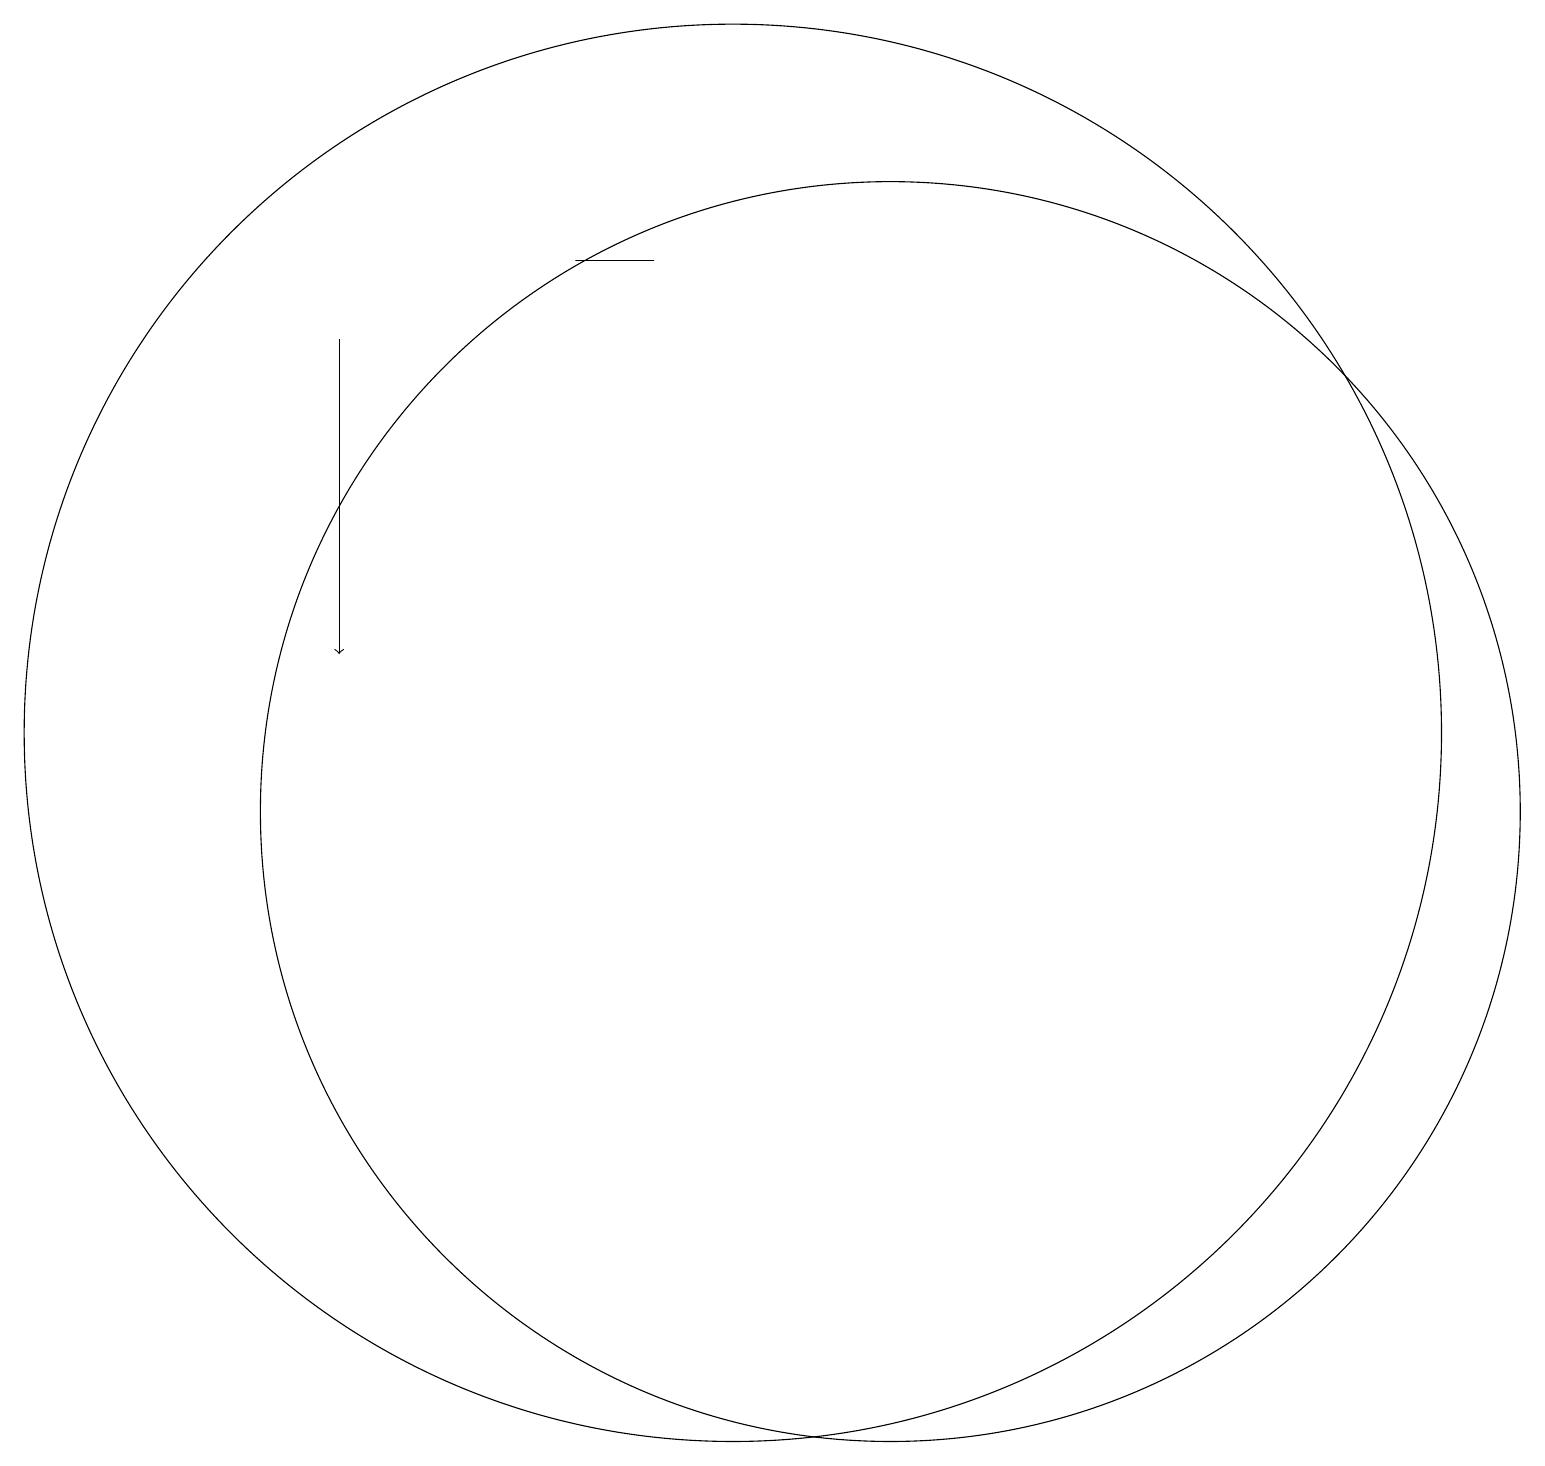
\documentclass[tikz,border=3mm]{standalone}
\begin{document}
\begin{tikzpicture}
\draw (12,11) circle (8);
\draw (10,12) circle (9);
\draw (9,18) rectangle (8,18);
\draw[->] (5,17) -- (5,13);
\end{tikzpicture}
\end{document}